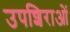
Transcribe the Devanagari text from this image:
उपशिराओं